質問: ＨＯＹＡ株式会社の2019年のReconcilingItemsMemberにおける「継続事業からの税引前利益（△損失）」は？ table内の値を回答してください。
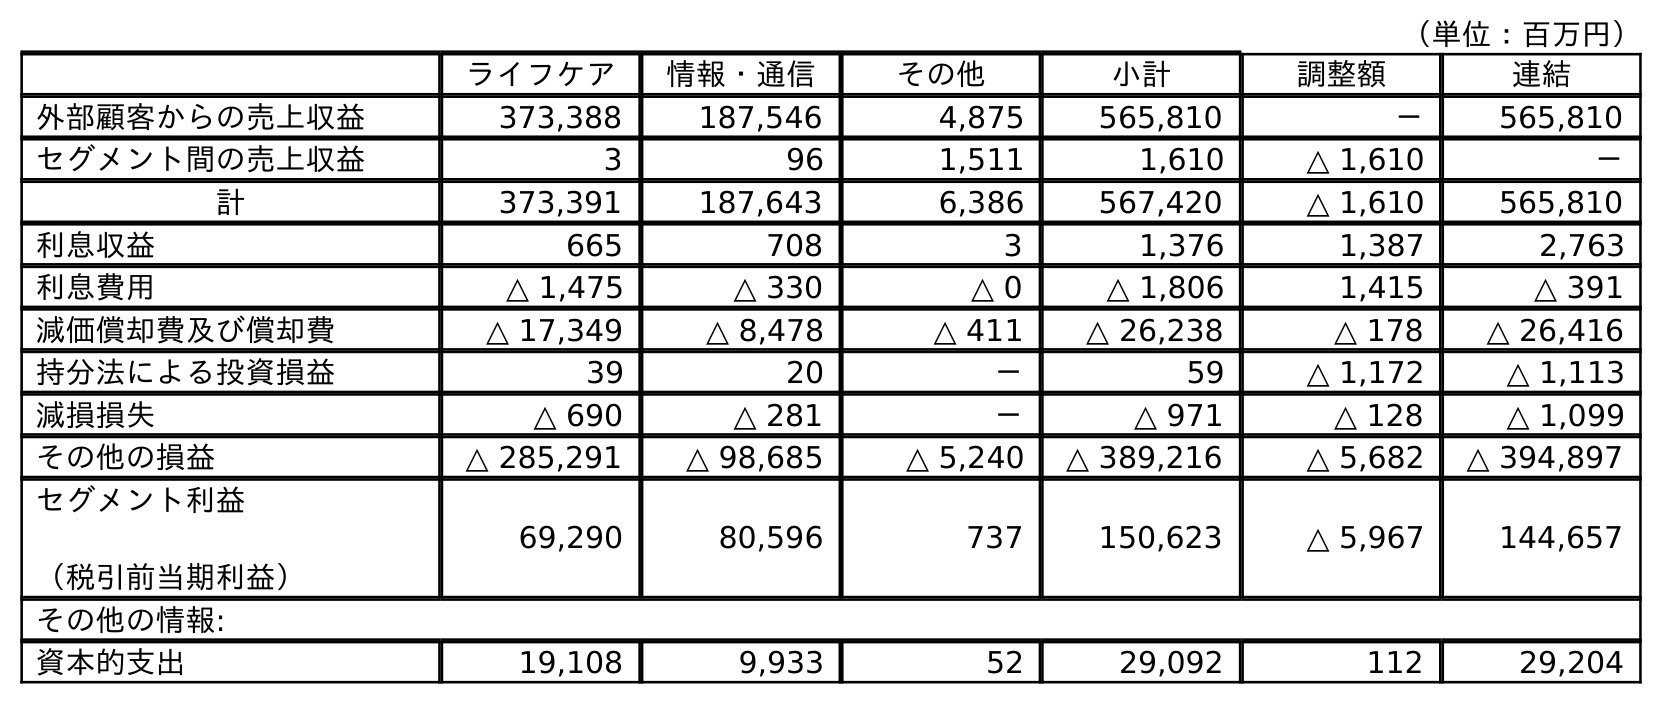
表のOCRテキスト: （単位：百万円） ライフケア 情報・通信 その他 小計 調整額 連結 外部顧客からの売上収益 373,388 187,546 4,875 565,810 － 565,810 セグメント間の売上収益 3 96 1,511 1,610 △ 1,610 － 計 373,391 187,643 6,386 567,420 △ 1,610 565,810 利息収益 665 708 3 1,376 1,387 2,763 利息費用 △ 1,475 △ 330 △ 0 △ 1,806 1,415 △ 391 減価償却費及び償却費 △ 17,349 △ 8,478 △ 411 △ 26,238 △ 178 △ 26,416 持分法による投資損益 39 20 － 59 △ 1,172 △ 1,113 減損損失 △ 690 △ 281 － △ 971 △ 128 △ 1,099 その他の損益 △ 285,291 △ 98,685 △ 5,240 △ 389,216 △ 5,682 △ 394,897 セグメント利益 （税引前当期利益） 69,290 80,596 737 150,623 △ 5,967 144,657 その他の情報: 資本的支出 19,108 9,933 52 29,092 112 29,204
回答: △5,967